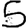
Digit: 5